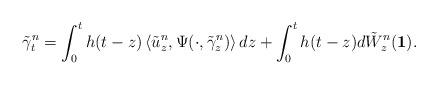
LaTeX: \begin{align*}\tilde{\gamma}^n_t = \int_0^t h(t-z) \left< \tilde{u}^n_z, \Psi(\cdot,\tilde{\gamma}^n_z)\right> dz + \int_0^t h(t-z) d\tilde{W}^n_z(\mathbf{1}).\end{align*}